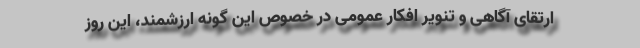
ارتقای آگاهی و تنویر افکار عمومی در خصوص این گونه ارزشمند، این روز